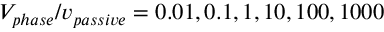
V _ { p h a s e } / v _ { p a s s i v e } = 0 . 0 1 , 0 . 1 , 1 , 1 0 , 1 0 0 , 1 0 0 0